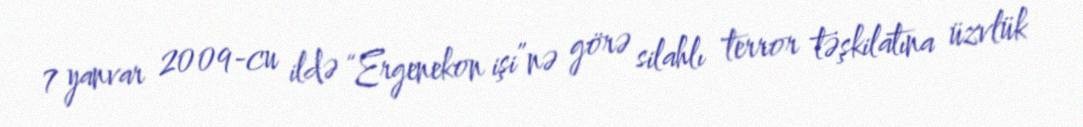
7 yanvar 2009-cu ildə “Ergenekon işi”nə görə silahlı terror təşkilatına üzvlük